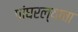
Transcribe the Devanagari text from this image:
पांघरल्याचा